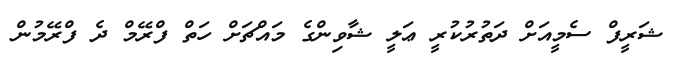
ޝަރީފް ސެމީއަށް ދަތުރުކުރީ ޢަލީ ޝާވިންގެ މައްޗަށް ހަތް ފްރޭމް ދެ ފްރޭމުން